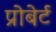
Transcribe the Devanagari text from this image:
प्रोबेर्ट